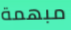
مبهمة